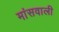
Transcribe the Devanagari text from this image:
मांसवाली